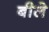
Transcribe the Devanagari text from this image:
बीले